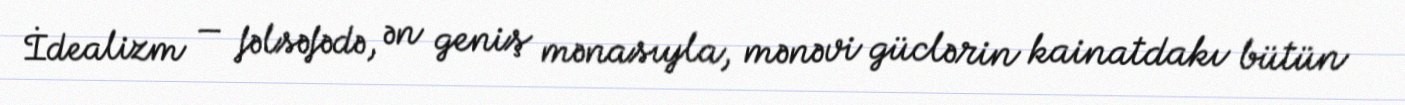
İdealizm — fəlsəfədə, ən geniş mənasıyla, mənəvi güclərin kainatdakı bütün